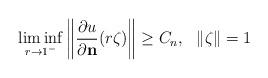
LaTeX: \begin{align*}\liminf_{r\to 1^-}\left\|\frac{\partial u}{\partial \mathbf{n}}(r\zeta)\right\|\ge C_n,\ \ \|\zeta\|=1\end{align*}